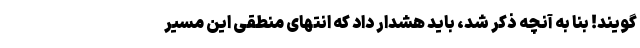
‌گویند! بنا به آنچه ذکر شد، باید هشدار داد که انتهای منطقی این مسیر